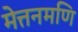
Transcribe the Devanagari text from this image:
मेत्तनमणि